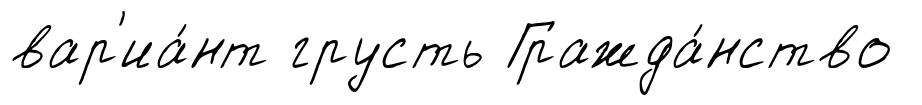
вар'иа́нт грусть Гражда́нство